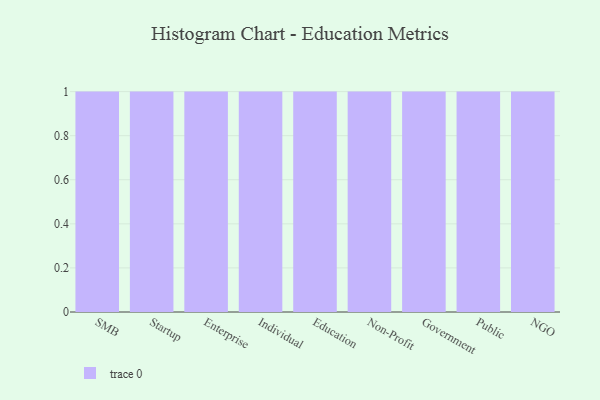
{"axis": {"x": "Segment", "y": "Operating Costs (USD K)"}, "legend": [""], "data": [{"x": "SMB", "y": 31, "type": ""}, {"x": "Startup", "y": 70, "type": ""}, {"x": "Enterprise", "y": 60, "type": ""}, {"x": "Individual", "y": 20, "type": ""}, {"x": "Education", "y": 14, "type": ""}, {"x": "Non-Profit", "y": 3, "type": ""}, {"x": "Government", "y": 29, "type": ""}, {"x": "Public", "y": 81, "type": ""}, {"x": "NGO", "y": 2, "type": ""}]}